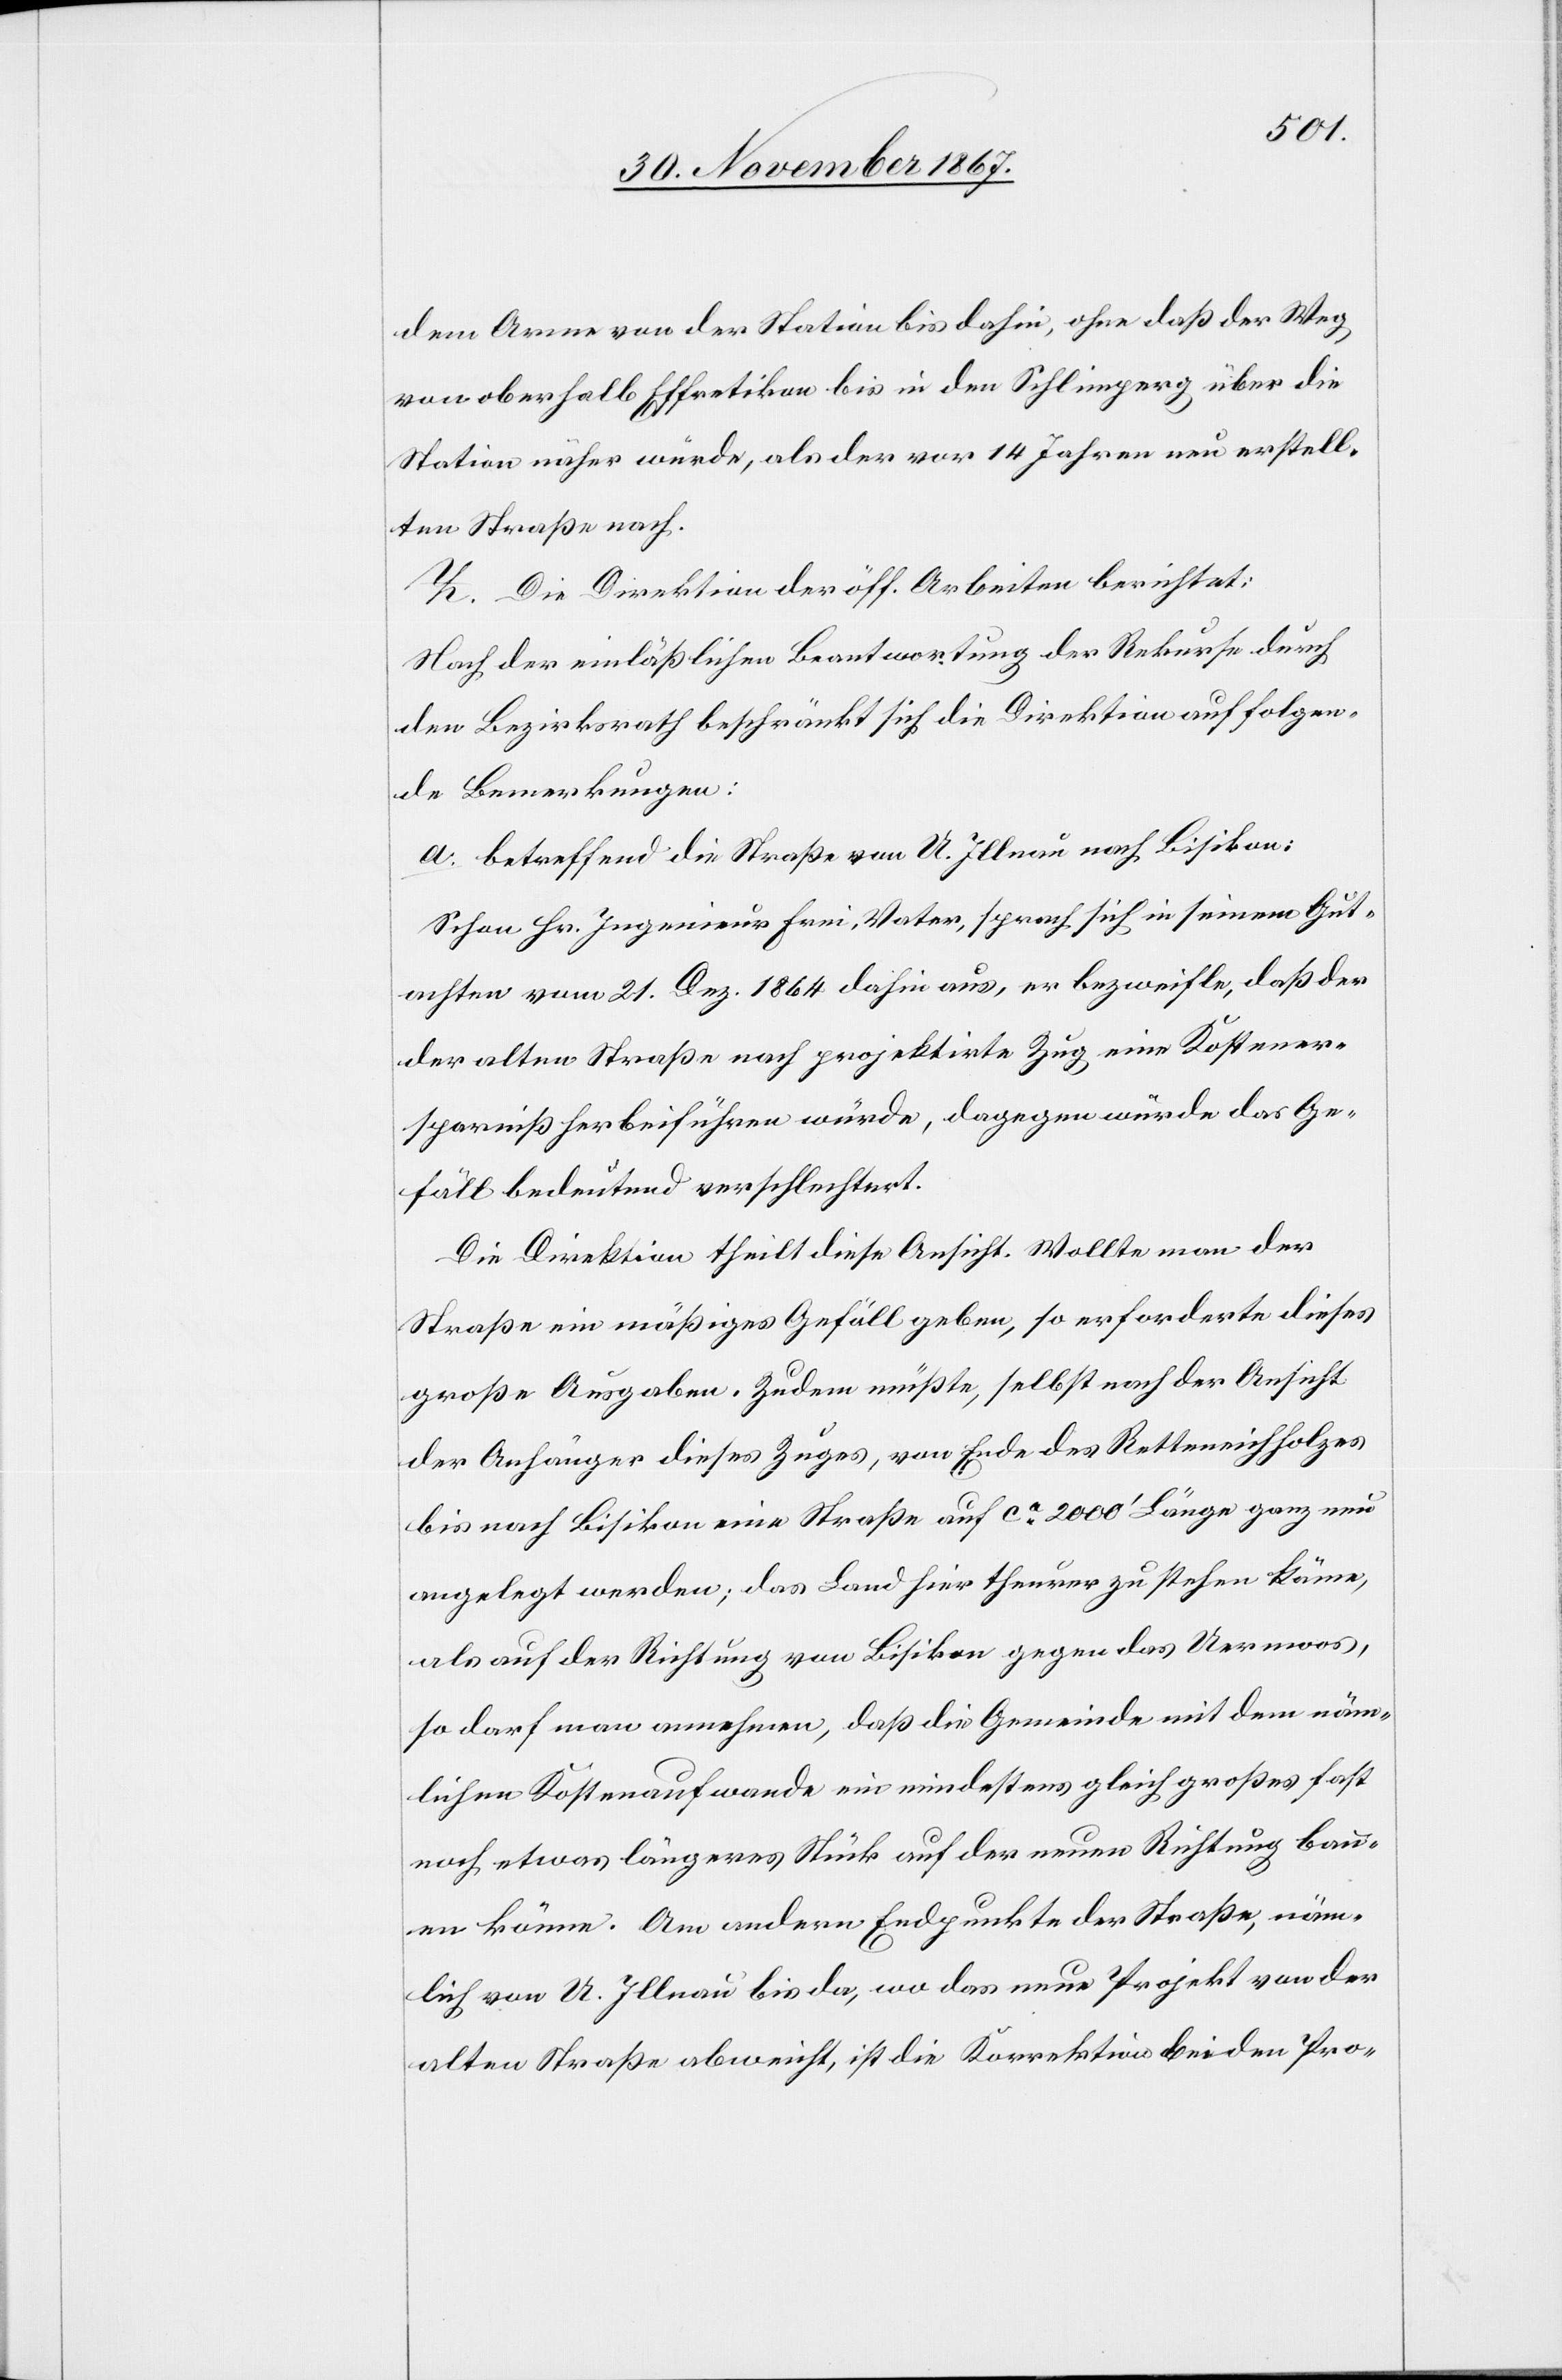
dem Arme von der Station bis dahin, ohne daß der Weg
von oberhalb Effretikon bis in den Schlimperg über die
Station näher würde, als der vor 14 Jahren neu erstell¬
ten Straße nach.
Z. Die Direktion der öff. Arbeiten berichtet:
Nach der einläßlichen Beantwortung der Rekurse durch
den Bezirksrath beschränkt sich die Direktion auf folgen¬
de Bemerkungen:
a. betreffend die Straße von O. Illnau nach Bisikon:
schon Hr. Ingenieur Frei, Vater, sprach sich in seinem Gut¬
achten vom 21. Dez. 1864 dahin aus, er bezweifle, daß der
der alten Straße nach projektirte Zug eine Kostener¬
sparniß herbeiführen würde, dagegen würde das Ge¬
fäll bedeutend verschlechtert.
Die Direktion theilt diese Ansicht. Wollte man der
Straße ein mäßiges Gefäll geben, so erforderte dieses
große Ausgaben. Zudem müßte, selbst nach der Ansicht
der Anhänger dieses Zuges, von Ende des Retteneichholzes
bis nach Bisikon eine Straße auf ca. 2000‘ Länge ganz neu
angelegt werden; das Land hier theurer zu stehen käme,
als auf der Richtung von Bisikon gegen das Oermoos,
so darf man annehmen, daß die Gemeinde mit dem näm¬
lichen Kostenaufwande ein mindestens gleich großes fast
noch etwas längeres Stück auf der neuen Richtung bau¬
en könne. Am andern Endpunkte der Straße, näm¬
lich von O. Illnau bis da, wo das neue Projekt von der
alten Straße abweicht, ist die Korrektion bei den Pro-